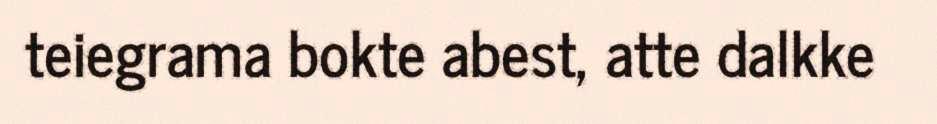
teiegrama bokte abest, atte dalkke